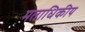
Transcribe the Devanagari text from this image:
मताधिकीय